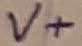
Text: V+